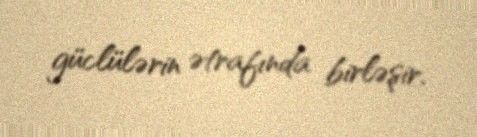
güclülərin ətrafında birləşir.